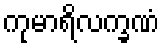
ကုမာရိလက္ခဏံ